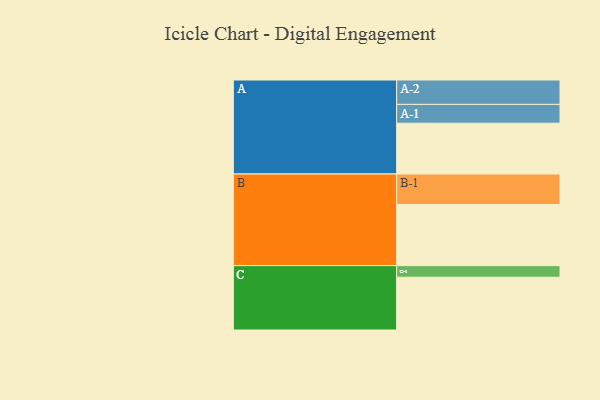
{"axis": {"x": "Segment", "y": "Value"}, "legend": ["", "A", "B", "C"], "data": [{"x": "A", "y": 492, "type": ""}, {"x": "B", "y": 591, "type": ""}, {"x": "C", "y": 511, "type": ""}, {"x": "A-1", "y": 182, "type": "A"}, {"x": "A-2", "y": 236, "type": "A"}, {"x": "B-1", "y": 296, "type": "B"}, {"x": "C-1", "y": 112, "type": "C"}]}